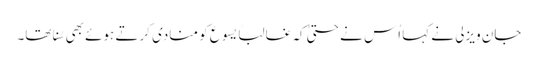
جان ویزلی نے کہا اُس نے حتیٰ کہ غالباً یسوع کو منادی کرتے ہوئے بھی سُنا تھا۔